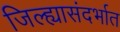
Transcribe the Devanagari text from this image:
जिल्ह्यासंदर्भात